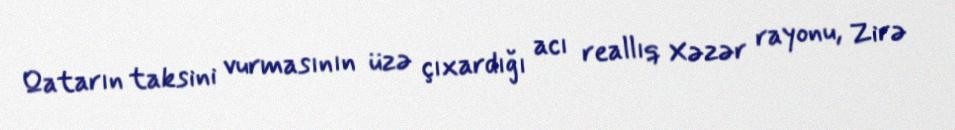
Qatarın taksini vurmasının üzə çıxardığı acı reallıq Xəzər rayonu, Zirə